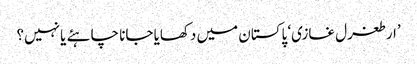
’ارطغرل غازی‘ پاکستان میں دکھایا جانا چاہئے یا نہیں؟